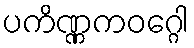
ပကိဏ္ဏကဝဂ္ဂေါ